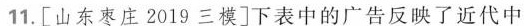
11.[山东枣庄2019三模]下表中的广告反映了近代中